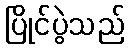
ပြိုင်ပွဲသည်